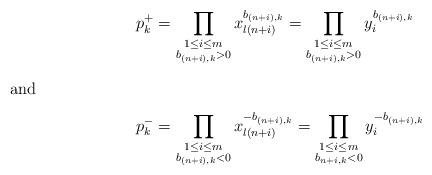
LaTeX: \begin{align*} p_k^+ &= \prod_{\substack{1 \leq i \leq m \\b_{(n+i),k}>0}} x_{l(n+i)}^{b_{(n+i),k}} = \prod_{\substack{1 \leq i \leq m \\b_{(n+i),k}>0}} y_{i}^{b_{(n+i),k}} \\\intertext{and} p_k^- &= \prod_{\substack{1 \leq i \leq m \\b_{(n+i),k}<0}} x_{l(n+i)}^{-b_{(n+i),k}} = \prod_{\substack{1 \leq i \leq m \\b_{n+i,k}<0}} y_{i}^{-b_{(n+i),k}} \end{align*}